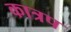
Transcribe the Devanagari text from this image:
कात्रप